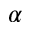
\alpha